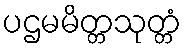
ပဌမမိတ္တသုတ္တံ